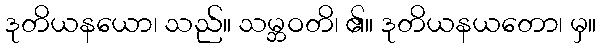
ဒုတိယနယော၊ သည်။ သမ္ဘဝတိ၊ ၏။ ဒုတိယနယတော၊ မှ။